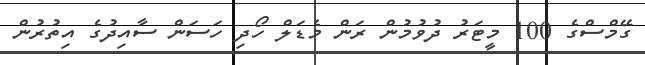
ގޭމްސްގެ 100 މީޓަރު ދުވުމުން ރަން މެޑަލް ހޯދި ހަސަން ސާއިދުގެ އިތުރުން